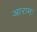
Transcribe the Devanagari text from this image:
आरामः